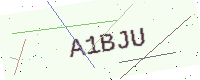
Text: A1BJU